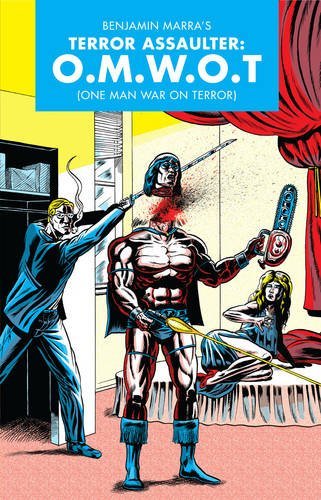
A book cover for Terror Assaulter (O.M.W.O.T.); Benjamin Marra; Comics & Graphic Novels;